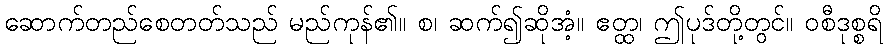
ဆောက်တည်စေတတ်သည် မည်ကုန်၏။ စ၊ ဆက်၍ဆိုအံ့။ ဧတ္ထ၊ ဤပုဒ်တို့တွင်။ ဝစီဒုစ္စရိ